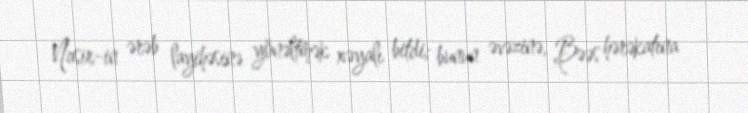
Nasir-in ərəb layihəsinə yönəltmək xəyalı bitdi; bunun əvəzinə, Bəəs hərəkatına